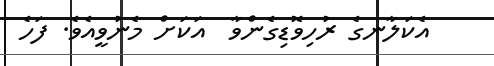
އެކަލާނގެ ރުހިވޮޑިގެންވާ  އަކަށް މެނުވީއެވެ. ފަހެ